Indian journal of veterinary science and animal husbandry - Volume 2,
Year: 1932
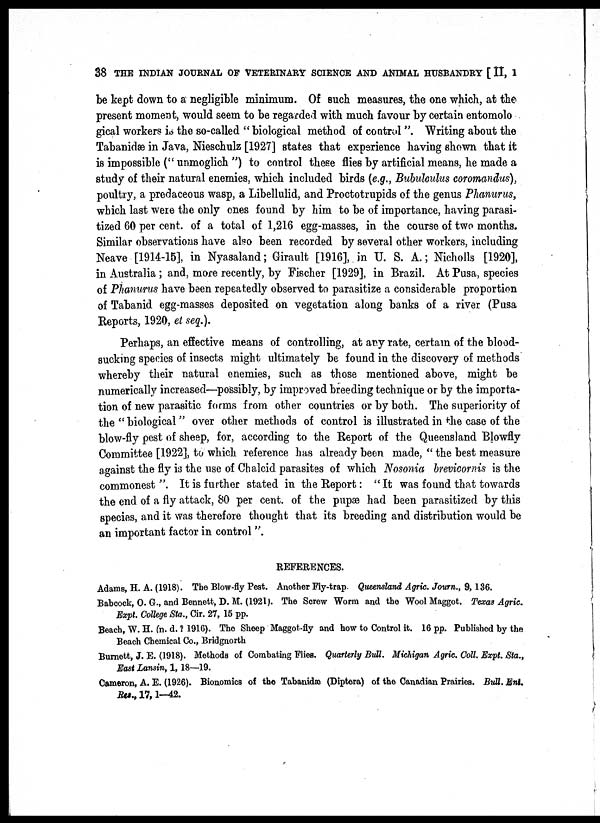
38 THE INDIAN JOURNAL OF VETERINARY SCIENCE AND ANIMAL HUSBANDRY [ II, I
be kept down to a negligible minimum. Of such measures, the one which, at the
present moment, would seem to be regarded with much favour by certain entomolo
gical workers is the so-called " biological method of control ". Writing about the
Tabanidæ in Java, Nieschulz [1927] states that experience having shown that it
is impossible (" unmoglich ") to control these flies by artificial means, he made a
study of their natural enemies, which included birds (e.g., Bubulculus coromandus),
poultry, a predaceous wasp, a Libellulid, and Proctotrupids of the genus Phanurus,
which last were the only ones found by him to be of importance, having parasi-
tized 60 per cent. of a total of 1,216 egg-masses, in the course of two months.
Similar observations have also been recorded by several other workers, including
Neave [1914-15], in Nyasaland; Girault [1916], in U. S. A.; Nicholls [1920],
in Australia ; and, more recently, by Fischer [1929], in Brazil. At Pusa, species
of Phanurus have been repeatedly observed to parasitize a considerable proportion
of Tabanid egg-masses deposited on vegetation along banks of a river (Pusa
Reports, 1920, et seq.).
Perhaps, an effective means of controlling, at any rate, certain of the blood-
sucking species of insects might ultimately be found in the discovery of methods
whereby their natural enemies, such as those mentioned above, might be
numerically increased—possibly, by improved breeding technique or by the importa-
tion of new parasitic forms from other countries or by both. The superiority of
the " biological " over other methods of control is illustrated in the case of the
blow-fly pest of sheep, for, according to the Report of the Queensland Blowfly
Committee [1922], to which reference has already been made, " the best measure
against the fly is the use of Chalcid parasites of which Nosonia brevicornis is the
commonest". It is further stated in the Report: "It was found that towards
the end of a fly attack, 80 per cent. of the pupæ had been parasitized by this
species, and it was therefore thought that its breeding and distribution would be
an important factor in control".
REFERENCES.
Adams, H. A. (1918). The Blow-fly Pest. Another Fly-trap. Queensland Agric. Journ., 9, 136.
Babcock, O. G., and Bennett, D. M. (1921). The Screw Worm and the Wool Maggot. Texas Agric.
Expt. College Sta., Cir. 27, 15 pp.
Beach, W. H. (n. d. ? 1916). The Sheep Maggot-fly and how to Control it. 16 pp. Published by the
Beach Chemical Co., Bridgnorth
Burnett, J. E. (1918). Methods of Combating Flies. Quarterly Bull. Michigan Agric. Coll. Expt. Sta.,
East Lansin, 1, 18—19.
Cameron, A. E. (1926). Bionomics of the Tabanidæ (Diptera) of the Canadian Prairies. Bull. Ent.
Res., 17, 1—42.